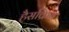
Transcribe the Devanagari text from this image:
हैसक्रिय